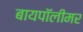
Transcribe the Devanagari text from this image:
बायपॉलीमर